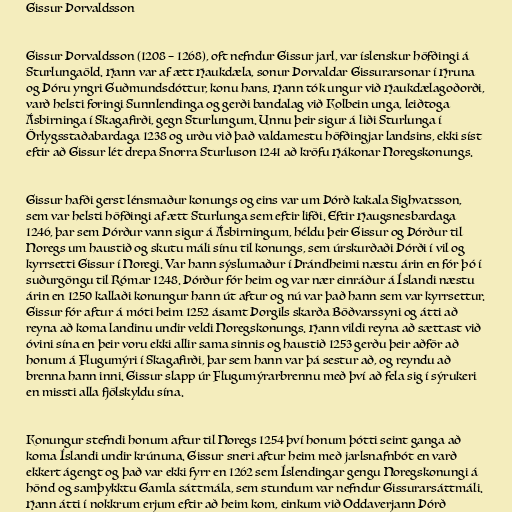
Gissur Þorvaldsson

Gissur Þorvaldsson (1208 – 1268), oft nefndur Gissur jarl, var íslenskur höfðingi á
Sturlungaöld. Hann var af ætt Haukdæla, sonur Þorvaldar Gissurarsonar í Hruna
og Þóru yngri Guðmundsdóttur, konu hans. Hann tók ungur við Haukdælagoðorði,
varð helsti foringi Sunnlendinga og gerði bandalag við Kolbein unga, leiðtoga
Ásbirninga í Skagafirði, gegn Sturlungum. Unnu þeir sigur á liði Sturlunga í
Örlygsstaðabardaga 1238 og urðu við það valdamestu höfðingjar landsins, ekki síst
eftir að Gissur lét drepa Snorra Sturluson 1241 að kröfu Hákonar Noregskonungs.

Gissur hafði gerst lénsmaður konungs og eins var um Þórð kakala Sighvatsson,
sem var helsti höfðingi af ætt Sturlunga sem eftir lifði. Eftir Haugsnesbardaga
1246, þar sem Þórður vann sigur á Ásbirningum, héldu þeir Gissur og Þórður til
Noregs um haustið og skutu máli sínu til konungs, sem úrskurðaði Þórði í vil og
kyrrsetti Gissur í Noregi. Var hann sýslumaður í Þrándheimi næstu árin en fór þó í
suðurgöngu til Rómar 1248. Þórður fór heim og var nær einráður á Íslandi næstu
árin en 1250 kallaði konungur hann út aftur og nú var það hann sem var kyrrsettur.
Gissur fór aftur á móti heim 1252 ásamt Þorgils skarða Böðvarssyni og átti að
reyna að koma landinu undir veldi Noregskonungs. Hann vildi reyna að sættast við
óvini sína en þeir voru ekki allir sama sinnis og haustið 1253 gerðu þeir aðför að
honum á Flugumýri í Skagafirði, þar sem hann var þá sestur að, og reyndu að
brenna hann inni. Gissur slapp úr Flugumýrarbrennu með því að fela sig í sýrukeri
en missti alla fjölskyldu sína.

Konungur stefndi honum aftur til Noregs 1254 því honum þótti seint ganga að
koma Íslandi undir krúnuna. Gissur sneri aftur heim með jarlsnafnbót en varð
ekkert ágengt og það var ekki fyrr en 1262 sem Íslendingar gengu Noregskonungi á
hönd og samþykktu Gamla sáttmála, sem stundum var nefndur Gissurarsáttmáli.
Hann átti í nokkrum erjum eftir að heim kom, einkum við Oddaverjann Þórð